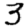
Digit: 3